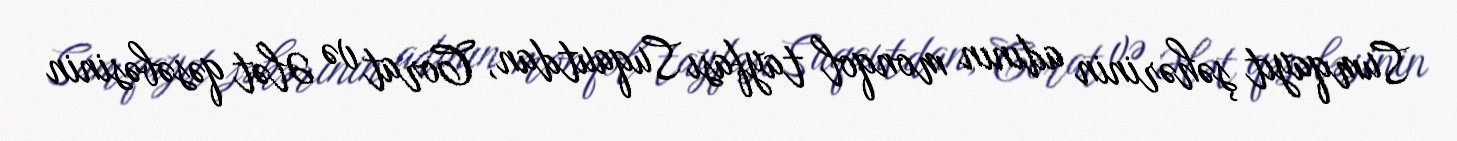
Sumqayıt şəhərinin adının monqol tayfası Suqautdan, Corat və Ələt qəsəbəsinin